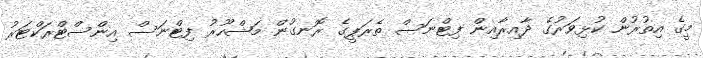
މީގެ އިތުރުން ކުޅިވަރުގެ ދާއިރާއިން ފިޓްނަސް ތެރަޕީގެ ރޮނގުން މަޝްހޫރު ފިޓްނަސް އިންސްޓްރަކްޓަރު